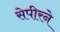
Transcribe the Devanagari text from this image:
सेपीरने